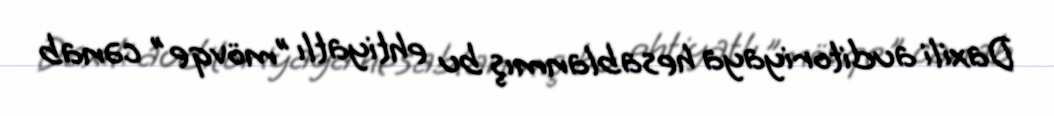
Daxili auditoriyaya hesablanmış bu ehtiyatlı ”mövqe" cənab